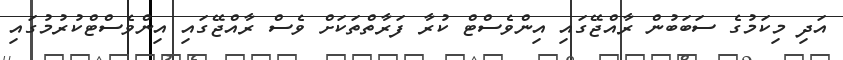
އަދި މިކަމުގެ ސަބަބުން ރާއްޖޭގައި އިންވެސްޓް ކުރާ ފަރާތްތަކަށް ވެސް ރާއްޖޭގައި އިންވެސްޓްކުރުމުގައި